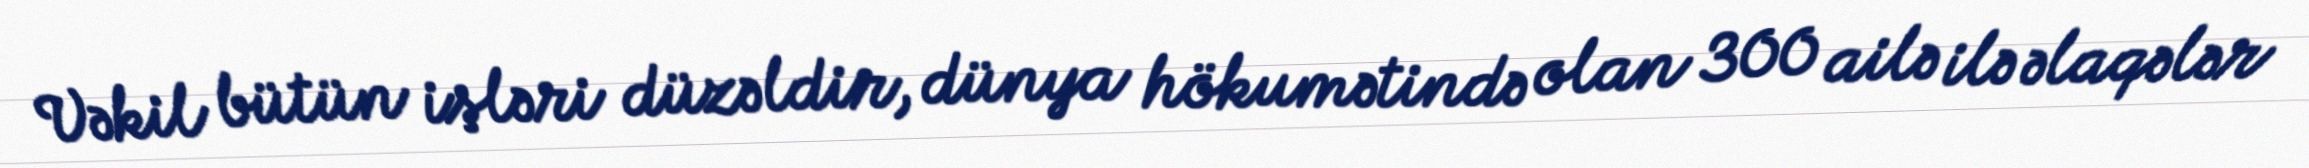
Vəkil bütün işləri düzəldir, dünya hökumətində olan 300 ailə ilə əlaqələr